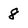
Character: 8